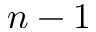
n - 1